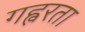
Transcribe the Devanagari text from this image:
गह्वरता